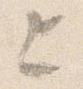
上